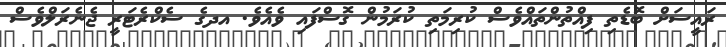
ރައީސަށް ބޮޑެތި ފިއްތުންތައްވެސް ކުރިމަތި ކުރަމުން ގޮސްފައި ވެއެވެ. އދގެ ސެކްރެޓަރީ ޖެނެރަލްވެސް